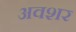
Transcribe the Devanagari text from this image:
अवशर